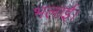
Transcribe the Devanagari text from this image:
भलाई।